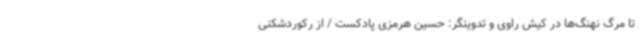
تا مرگ نهنگ‌ها در کیش راوی و تدوینگر: حسین هرمزی پادکست / از رکوردشکنی